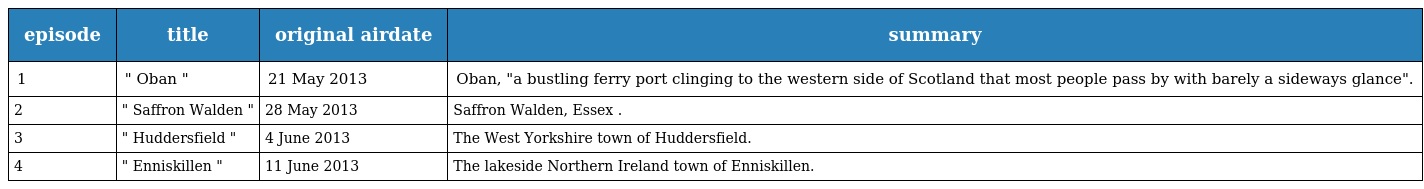
| episode | title | original airdate | summary |
 | --- | --- | --- | --- |
 | 1 | " Oban " | 21 May 2013 | Oban, "a bustling ferry port clinging to the western side of Scotland that most people pass by with barely a sideways glance". |
 | 2 | " Saffron Walden " | 28 May 2013 | Saffron Walden, Essex . |
 | 3 | " Huddersfield " | 4 June 2013 | The West Yorkshire town of Huddersfield. |
 | 4 | " Enniskillen " | 11 June 2013 | The lakeside Northern Ireland town of Enniskillen. |